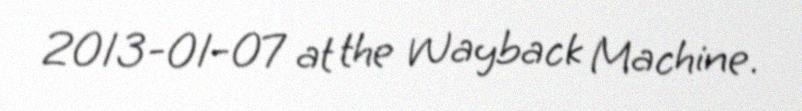
2013-01-07 at the Wayback Machine.